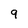
Character: 9